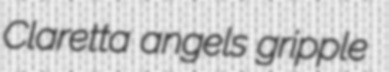
Claretta angels gripple